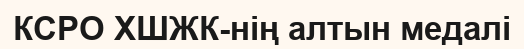
КСРО ХШЖК-нің алтын медалі